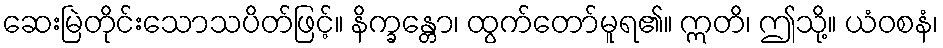
ဆေးမြဲတိုင်းသောသပိတ်ဖြင့်။ နိက္ခန္တော၊ ထွက်တော်မူရ၏။ ဣတိ၊ ဤသို့။ ယံဝစနံ၊